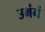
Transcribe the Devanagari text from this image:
उमंगें